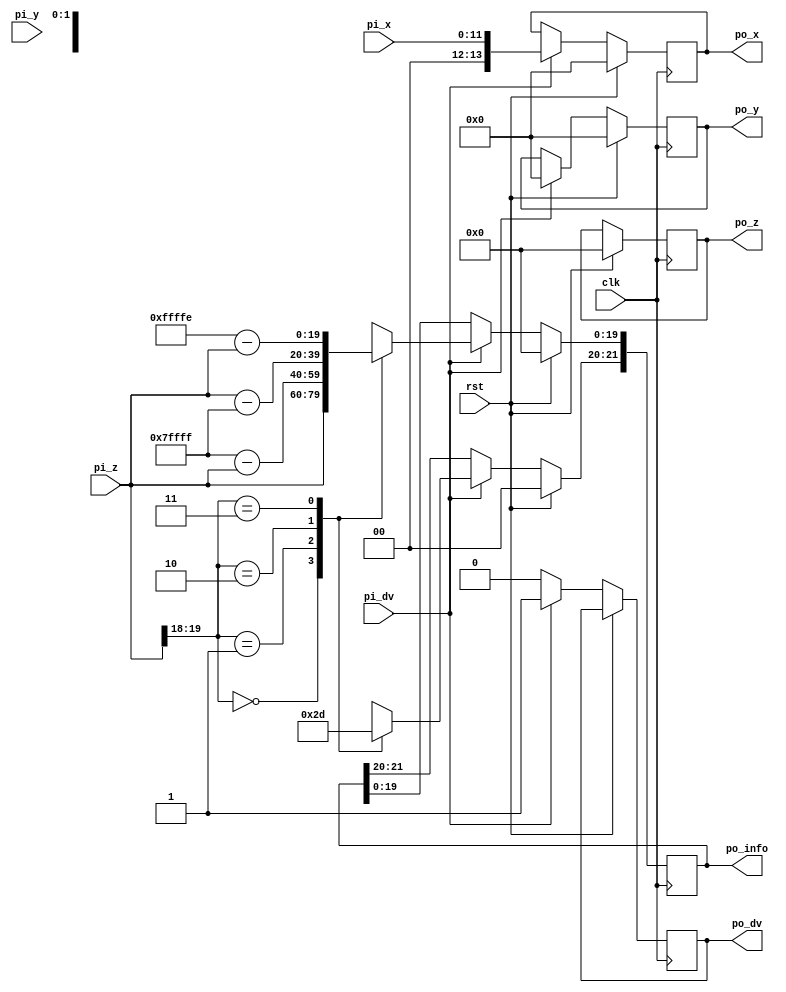
// -----------------------------------------------------------------------------
// -----------------------------------------------------------------------------
// File   	 : cordic_pre
// Create 	 : 2022-12-06
// Revise 	 : 2022-
// Editor 	 : Vscode, tab size (4)
// Version	 : v1.0  initial
// Functions : cordic preparation, store the quadrant and angle information.
//             Convert coordinates to first quadrant.  
// License	 : License: LGPL-3.0-or-later
// -----------------------------------------------------------------------------
// -----------------------------------------------------------------------------
module cordic_pre #(
    parameter CORDIC_MODE = "NCO", //mode of this module, NCO mode or angle/amp mode
    parameter IDW = 12   ,
    parameter ODW = IDW+2,  // for cordic, 2 bit growth is enough
    parameter AW = 20   
) (
    input   wire                clk     ,
    input   wire                rst     ,
    input   wire                pi_dv   ,
    input   wire    [IDW-1:0]   pi_x    ,
    input   wire    [IDW-1:0]   pi_y    ,
    input   wire    [AW-1:0]    pi_z    ,

    output  reg                 po_dv   ,
    output  reg     [ODW-1:0]   po_x    ,
    output  reg     [ODW-1:0]   po_y    ,
    output  reg     [AW-1:0]    po_z    ,
    output  reg     [AW+2-1:0]  po_info     // po_info[AW+2-1:AW+2-2] is the quadrant infor, x and y axis symbol
                                            // po_info[AW-1:0] is the angle in first quarant
);
    localparam TWO_PI = (1<<AW)-1;
    localparam ONE_PI = (1<<(AW-1))-1;
    localparam HALF_PI = (1<<(AW-2))-1;

    generate
        if (CORDIC_MODE == "NCO") begin
            always @(posedge clk ) begin
                if (rst==1'b1) begin
                    po_info <= 'd0;
                    po_x <= 'd0;
                    po_y <= 'd0;
                    po_z <= 'd0;
                end else if (pi_dv == 1'b1) begin
                    po_x <= pi_x;
                    po_y <= 'd0;
                    po_dv <= 1'b1;
                    case (pi_z[AW-1:AW-2])
                        // if the angle is 0~/2, first quadrant
                        2'b00: begin
                            po_info[AW+2-1: AW+2-2] <= 2'b00;
                            po_info[AW-1:0] <= pi_z;
                        end
                        // if the angle is /2~, second quarant
                        2'b01: begin
                            po_info[AW+2-1: AW+2-2] <= 2'b10;
                            po_info[AW-1:0] <= ONE_PI - pi_z;
                        end
                        // if the angle is ~3/2, third quarant
                        2'b10: begin
                            po_info[AW+2-1: AW+2-2] <= 2'b11;
                            po_info[AW-1:0] <= pi_z - ONE_PI;
                        end
                        // if the angle is 3/2~2, fourth quarant
                        2'b11: begin
                            po_info[AW+2-1: AW+2-2] <= 2'b01;
                            po_info[AW-1:0] <= TWO_PI-1 - pi_z;
                        end
                    endcase
                end else begin
                    po_dv <= 1'b0;
                end
            end
        end else if(CORDIC_MODE == "ANGLE")begin
            always @(posedge clk ) begin
                if (rst==1'b1) begin
                    po_info <= 'd0;
                    po_x <= 'd0;
                    po_y <= 'd0;
                    po_z <= 'd0;
                end else if (pi_dv == 1'b1) begin
                    po_dv <= 1'b1;
                    case ({pi_x[IDW - 1],pi_y[IDW - 1]})
                        // first quarant
                        2'b00 : begin
                            po_info[AW+2-1: AW+2-2] <= 2'b00;
                            po_x <= {{(ODW-IDW){1'b0}}, pi_x};
                            po_y <= {{(ODW-IDW){1'b0}}, pi_y};
                        end
                        // fourth quarant
                        2'b01 : begin
                            po_info[AW+2-1: AW+2-2] <= 2'b01;
                            po_x <= {{(ODW-IDW){1'b0}}, pi_x};
                            po_y <= {{(ODW-IDW){1'b0}}, (~pi_y+1'b1)};
                        end
                        // seconf quarant
                        2'b10 : begin
                            po_info[AW+2-1: AW+2-2] <= 2'b10;
                            po_x <= {{(ODW-IDW){1'b0}}, (~pi_x+1'b1)};
                            po_y <= {{(ODW-IDW){1'b0}}, pi_y};
                        end
                        // third quarant
                        2'b11 : begin
                            po_info[AW+2-1: AW+2-2] <= 2'b11;
                            po_x <= {{(ODW-IDW){1'b0}}, (~pi_x+1'b1)};
                            po_y <= {{(ODW-IDW){1'b0}}, (~pi_y+1'b1)};
                        end
                    endcase
                end else begin
                    po_dv <= 1'b0;
                end
            end
            
        end else begin
            always @(posedge clk ) begin
                if (rst==1'b1) begin
                    po_info <= 'd0;
                    po_x <= 'd0;
                    po_y <= 'd0;
                    po_z <= 'd0;
                    po_dv <= 1'b0;
                end begin
                    po_info <= 'd0;
                    po_x <= 'd0;
                    po_y <= 'd0;
                    po_z <= 'd0;
                    po_dv <= 1'b0;
                end 
            end
        end
    endgenerate

    
endmodule